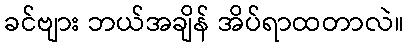
ခင်ဗျား ဘယ်အချိန် အိပ်ရာထတာလဲ။